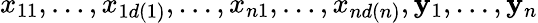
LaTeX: x_{11},\dots,x_{1d(1)},\dots,x_{n1},\dots,x_{nd(n)},\mathbf{y}_{1},\dots,\mathbf{y}_{n}